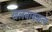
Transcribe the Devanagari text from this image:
खलनायकत्व